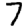
Digit: 7